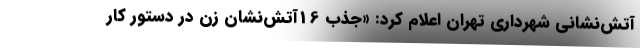
آتش‌نشانی شهرداری تهران اعلام کرد: «جذب 16آتش‌نشان زن در دستور کار